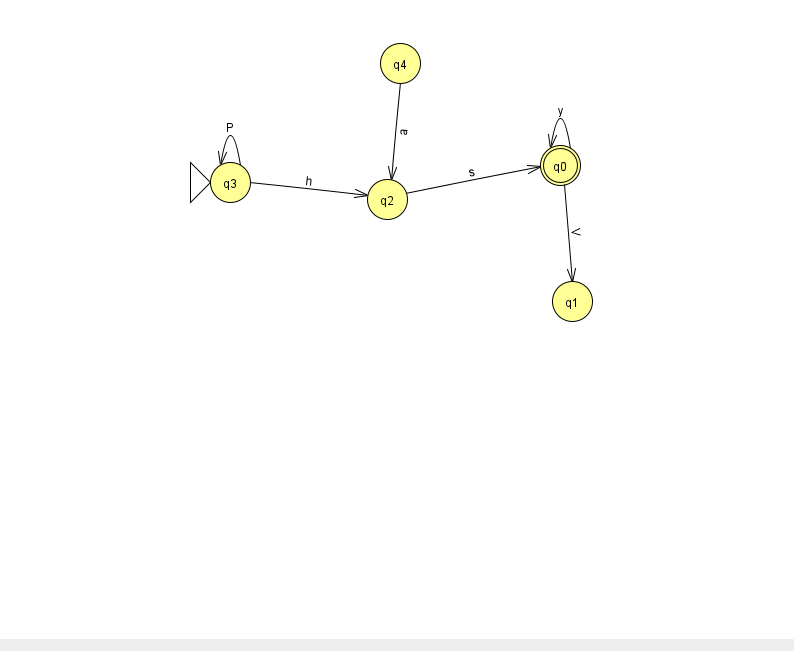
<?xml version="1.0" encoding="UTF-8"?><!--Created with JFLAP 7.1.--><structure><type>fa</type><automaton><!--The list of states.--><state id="0" name="q0"><x>560.0</x><y>152.0</y><final/></state><state id="1" name="q1"><x>572.0</x><y>288.0</y></state><state id="2" name="q2"><x>387.0</x><y>186.0</y></state><state id="3" name="q3"><x>230.0</x><y>169.0</y><initial/></state><state id="4" name="q4"><x>400.0</x><y>50.0</y></state><!--The list of transitions.--><transition><from>0</from><to>1</to><read>V</read></transition><transition><from>2</from><to>0</to><read>s</read></transition><transition><from>3</from><to>3</to><read>P</read></transition><transition><from>3</from><to>2</to><read>h</read></transition><transition><from>0</from><to>0</to><read>y</read></transition><transition><from>4</from><to>2</to><read>a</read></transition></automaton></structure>